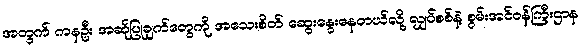
အတွက် ကနဦး အဆိုပြုချက်တွေကို အသေးစိတ် ဆွေးနွေးနေတယ်လို့ လျှပ်စစ်နဲ့ စွမ်းအင်ဝန်ကြီးဌာန